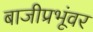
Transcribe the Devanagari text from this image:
बाजीप्रभूंवर